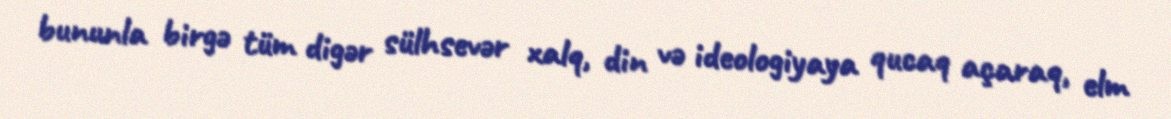
bununla birgə tüm digər sülhsevər xalq, din və ideologiyaya qucaq açaraq, elm